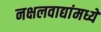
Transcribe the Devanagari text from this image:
नक्षलवाद्यांमध्ये